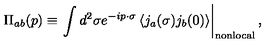
\Pi _ { a b } ( p ) \equiv \left. \int d ^ { 2 } \sigma e ^ { - i p \cdot \sigma } \left< j _ { a } ( \sigma ) j _ { b } ( 0 ) \right> \right| _ { \mathrm { n o n l o c a l } } ,